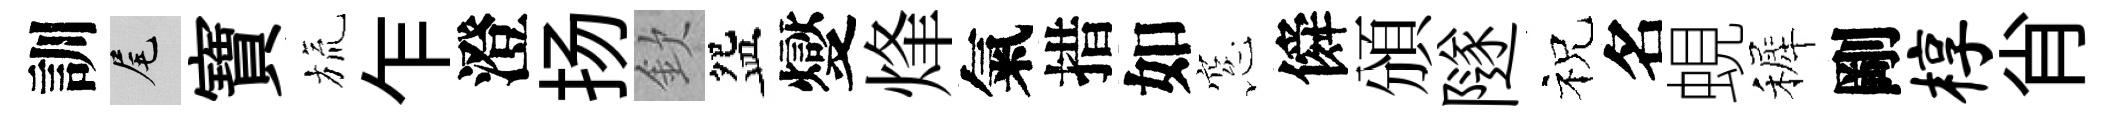
訓尾寶旒乍澄扬欽盌燮烽氣措如窓僢頒隧祝名蜆裤剛椁肖